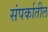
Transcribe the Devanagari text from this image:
संपर्कातील